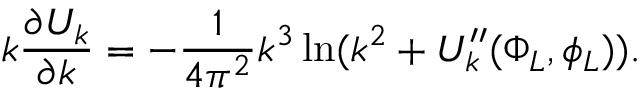
k { \frac { \partial U _ { k } } { \partial k } } = - { \frac { 1 } { 4 \pi ^ { 2 } } } k ^ { 3 } \ln ( k ^ { 2 } + U _ { k } ^ { \prime \prime } ( \Phi _ { L } , \phi _ { L } ) ) .